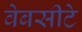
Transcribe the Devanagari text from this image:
वेबसीटे